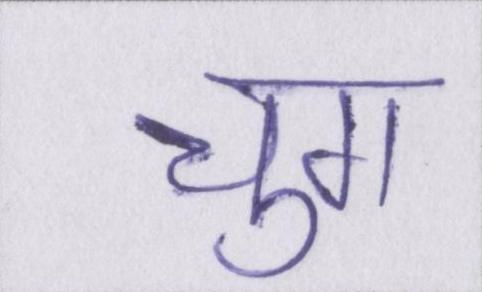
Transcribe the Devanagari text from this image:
चुग